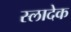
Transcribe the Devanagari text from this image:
स्लादेक